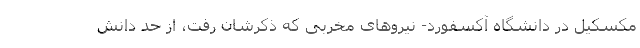
مکسکیل در دانشگاه آکسفورد- نیروهای مخربی که ذکرشان رفت، از حد دانش